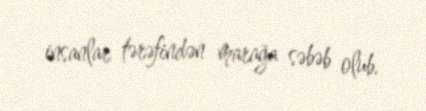
insanlar tərəfindən marağa səbəb olub.